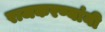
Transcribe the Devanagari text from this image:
राजकरण्यांनी